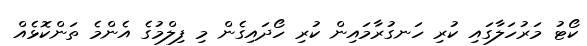
ކޯޓު މަރުހަލާގައި ކުރި ހަނގުރާމައިން ކުރި ހޯދައިގެން މި ފިލްމުގެ އެންމެ ތަންކޮޅެއް